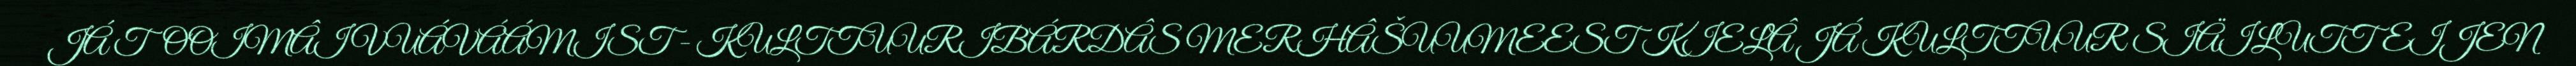
JÁ TOOIMÂI VUÁVÁÁMIST - KULTTUURIBÁRDÂS MERHÂŠUUMEEST KIELÂ JÁ KULTTUUR SIÄILUTTEIJEN